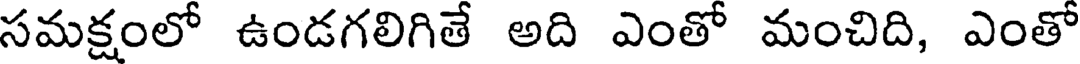
సమక్షంలో ఉండగలిగితే అది ఎంతో మంచిది, ఎంతో